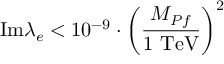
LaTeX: \mathrm { I m } \lambda _ { e } < 1 0 ^ { - 9 } \cdot \left( { \frac { M _ { P f } } { 1 ~ \mathrm { T e V } } } \right) ^ { 2 }